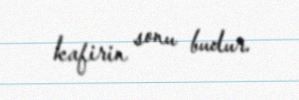
kafirin sonu budur.